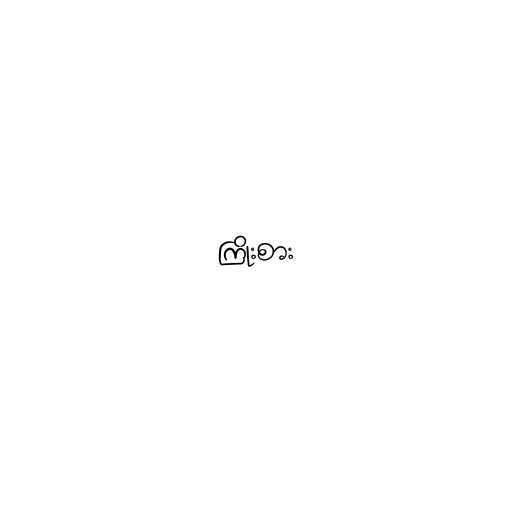
ကြိုးစား